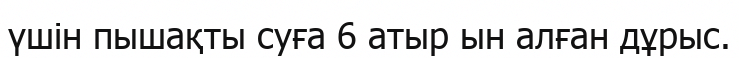
үшін пышақты суға 6 атыр ын алған дұрыс.